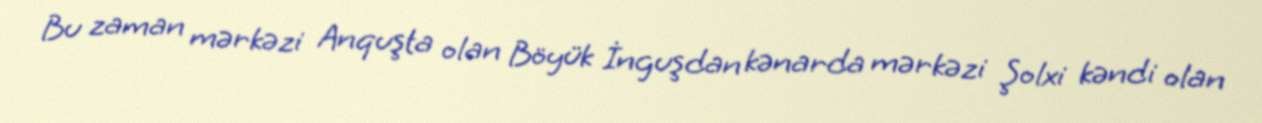
Bu zaman mərkəzi Anquşta olan Böyük İnguşdan kənarda mərkəzi Şolxi kəndi olan